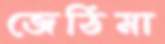
জেঠিমা